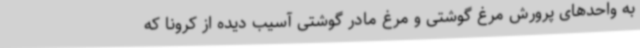
به واحدهای پرورش مرغ گوشتی و مرغ مادر گوشتی آسیب دیده از کرونا که